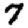
Digit: 7